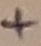
Text: +